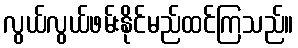
လွယ်လွယ်ဖမ်းနိုင်မည်ထင်ကြသည်။